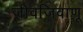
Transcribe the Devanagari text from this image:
जीवजिवाणू